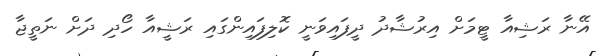
އޭނާ ރަޝިއާ ޓީމަށް އިރުޝާދު ދީފައިވަނީ ކޮލިފައިންގައި ރަޝީއާ ހޯދި ދަށް ނަތީޖާ